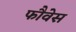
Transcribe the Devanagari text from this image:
फौवेस